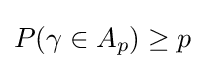
P(\gamma \in A_{p})\geq p